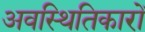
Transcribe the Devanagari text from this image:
अवस्थितिकारों